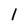
Character: 1